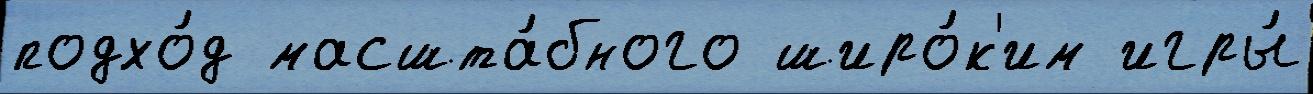
подхо́д масшта́бного широ́к'им игры́